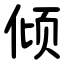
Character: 倾